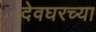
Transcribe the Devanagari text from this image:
देवघरच्या